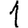
Digit: 1